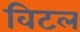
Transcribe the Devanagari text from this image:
विटल